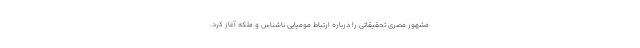
مشهور مصری تحقیقاتی را درباره ارتباط مومیایی ناشناس و ملکه آغاز کرد.